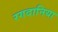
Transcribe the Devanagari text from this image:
रगदानिया